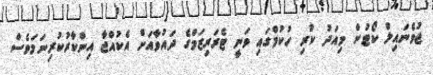
ޖުވެނައިލް ކޯޓުން މިއަދު ކުރި ހުކުމްގައި ވަނީ ޓެރަރިޒަމްގެ ދައުވާއަށް އެކުއްޖާ އިންކާރުކުރިނަމަވެސް